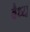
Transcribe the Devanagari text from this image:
वैध्य